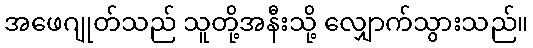
အဖေဂျုတ်သည် သူတို့အနီးသို့ လျှောက်သွားသည်။